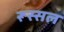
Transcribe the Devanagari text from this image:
रूस्सल